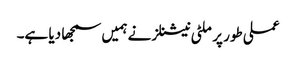
عملی طور پر ملٹی نیشنلز نے ہمیں سمجھا دیا ہے۔